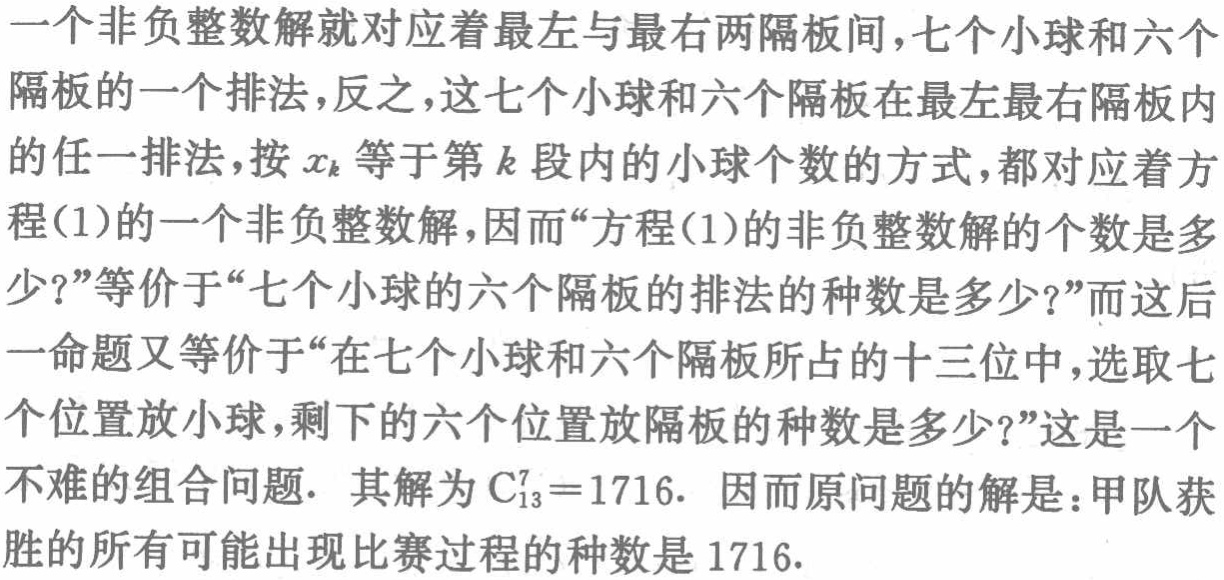
一个非负整数解就对应着最左与最右两隔板间，七个小球和六个
隔板的一个排法，反之，这七个小球和六个隔板在最左最右隔板内
的任一排法，按 \(x_{k}\) 等于第 \(k\) 段内的小球个数的方式，都对应着方
程(1)的一个非负整数解，因而“方程(1)的非负整数解的个数是多
少？”等价于“七个小球的六个隔板的排法的种数是多少？”而这后
一命题又等价于“在七个小球和六个隔板所占的十三位中，选取七
个位置放小球，剩下的六个位置放隔板的种数是多少？”这是一个
不难的组合问题. 其解为 \(\mathrm{C}_{13}^{7}=1716\). 因而原问题的解是：甲队获
胜的所有可能出现比赛过程的种数是 \(1716\).